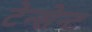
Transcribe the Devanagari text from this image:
टेन्सेन्ट